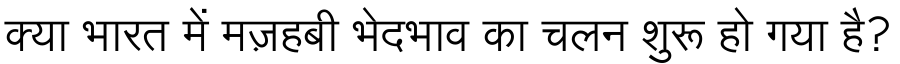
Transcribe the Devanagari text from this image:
क्या भारत में मज़हबी भेदभाव का चलन शुरू हो गया है?